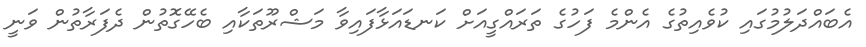
އެބައްދަލުމުގައި ކުވެއިތުގެ އެންމެ ފަހުގެ ތަރައްގީއަށް ކަނޑައަޅާފައިވާ މަޝްރޫތަކާއި ބެހޭގޮތުން ދެފަރާތުން ވަނީ